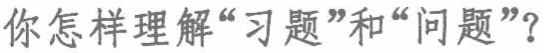
你怎样理解“习题”和“问题”？